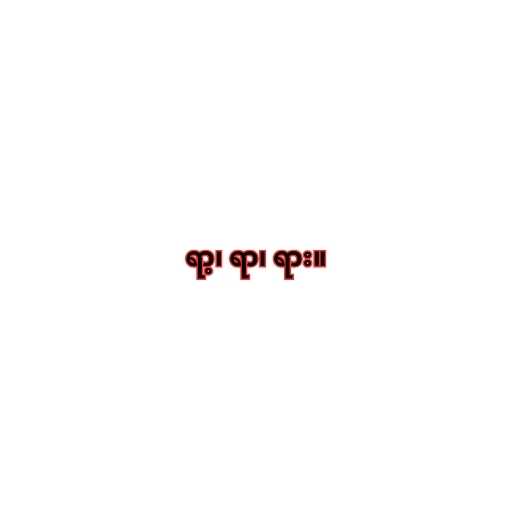
ရာ့၊ ရာ၊ ရား။